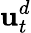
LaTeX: \mathbf{u}_{t}^{d}